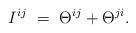
LaTeX: \begin{align*}I^{i j} \ = \ \Theta^{i j} + \Theta^{j i}.\end{align*}